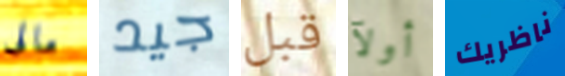
مالى جيد قبل أولآ ناظريك